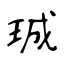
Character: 珹